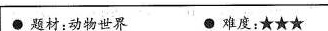
●题材:动物世界 ● 难度:★★★